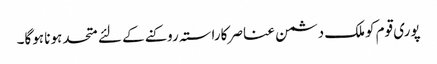
پوری قوم کوملک دشمن عناصر کاراستہ روکنے کے لئے متحد ہونا ہوگا۔